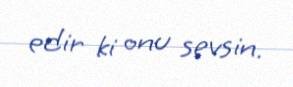
edir ki onu sevsin.